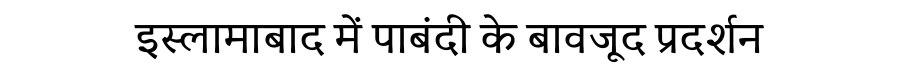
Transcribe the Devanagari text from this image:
इस्लामाबाद में पाबंदी के बावजूद प्रदर्शन